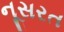
નૂસરત